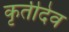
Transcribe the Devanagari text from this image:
कृतीदेव